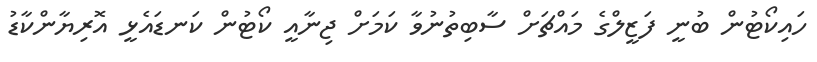
ހައިކޯޓުން ބުނީ ފަޒީލްގެ މައްޗަށް ސާބިތުނުވާ ކަމަށް ޖިނާއީ ކޯޓުން ކަނޑައެޅީ އޮރިޔާންކާޑު